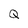
Character: Q